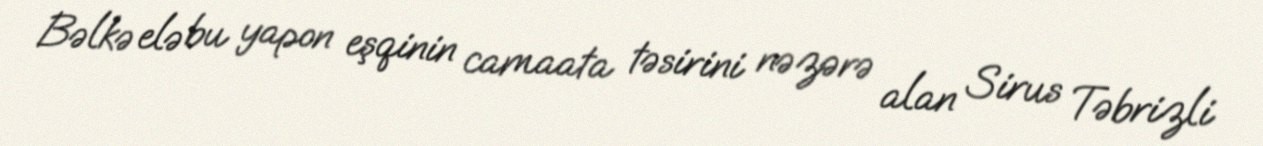
Bəlkə elə bu yapon eşqinin camaata təsirini nəzərə alan Sirus Təbrizli